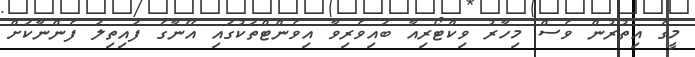
މީގެ އިތުރުން ވެސް މިހާރު ވިކްޓޯރިއާ ބައިވެރިވާ އިވެންޓްތަކުގައި އޭނާގެ ފައިތިލަ ފެންނާކަށް